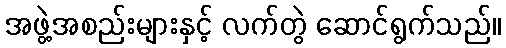
အဖွဲ့အစည်းများနှင့် လက်တွဲ ဆောင်ရွက်သည်။